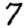
Digit: 7